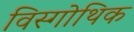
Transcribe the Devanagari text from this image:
विस्गोथिक